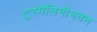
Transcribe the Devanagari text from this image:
टूरमैलिनीभवन